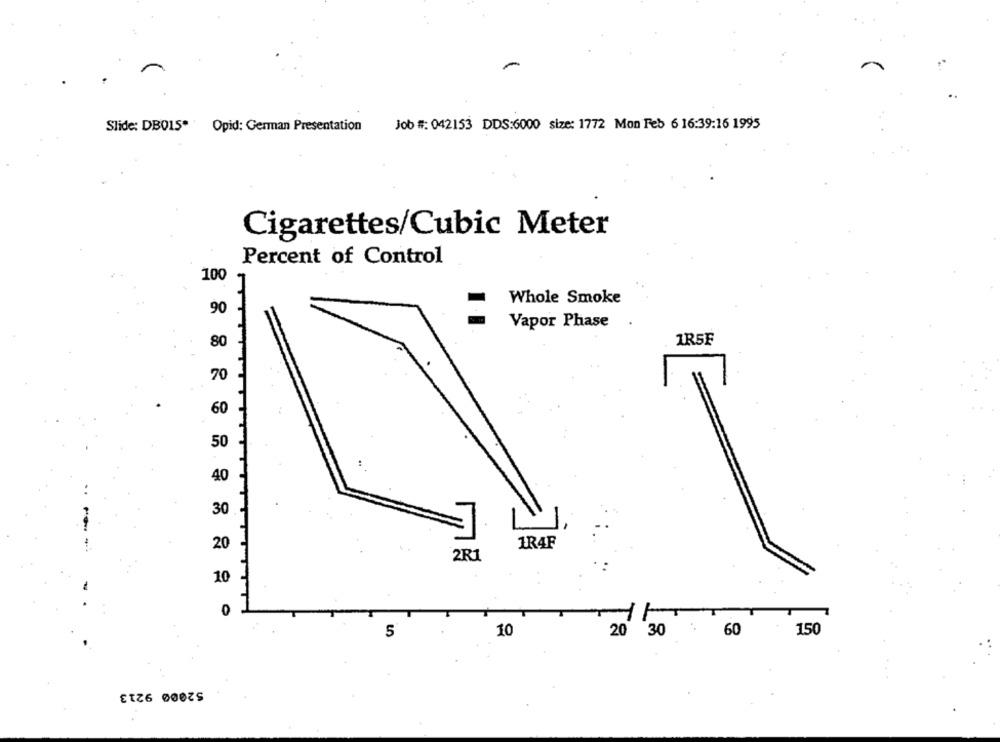
Job #: 042153 DDS:6000 size: 1772 Mon Feb 6 16:39:16 1995
Slide: DB015* Opid: German Presentation
Cigarettes/Cubic Meter
Percent of Control
100
Whole Smoke
90
Vapor Phase
1R5F
80
30
20
1R4F
2R1
10
60
150
5
10
20 30